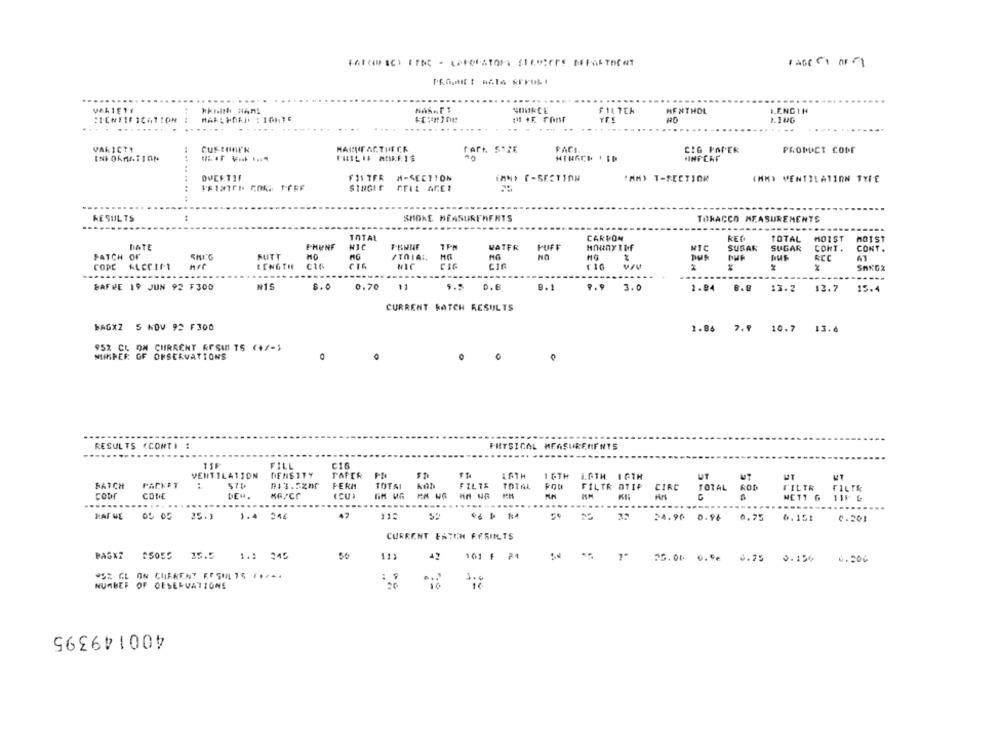
...........
VAIE1S
SOURCE
FILTER
MENTHOL
.ENGTH
LING
....
...
VARICTY
CUSTOMER
HASCUR ACTHE CR
CArt. SIZE
FACI
CIG PAPER
PROMICT CODE
INFORMATION
OVERTIF
FISTFR
inMY C-SECTION
"MM) T-SECTJOR
(MM) VENTILATION TYPE
FFIL AGER
RESULTS
SMOKE MEASUREMENTS
TOBACCO MEASUREMENTS
TOTAL
CARBON
TOTAL
HOIST
MOIST
DATE
F-HUNF
NIC
TPR
VATER
PUFF
NTC
SUSAN
SUGAR
CONT .
CONT .
PATCH OF
RUTT
/TOIA.
RCC
CORC KLCCIFT
LENGTH
MIC
CIC
...
N1S
8.0
0.70 11
5.5
D.B
8.1
BAFRE 19 JUN 92 F300
3.0
2.94
13.2
13.7
15.4
CURRENT BATCH RESULTS
BAGX2 5 NOV 92 F300
1.86 7.9 10.7 13.6
952 CL OM CURRENT RESULTS (+/-3
NUMBER OF OBSERVATIONS
0
O
RESULTS (CONTI :
FRETSICAL MEASUREMENTS
11F
FILL
C16
VENTILATION
DENSITY
PAPER PR
1 &TH
LOTH 16TH
UT
HT
RATCH
PACKET
..
571
FERA
TOTAL
FILTR
TOTAL
FILTR OTIP
CIRC
TOTAL ROD
FILTR
FILTR
CODr
COME
G
NETT G
.....
.....---
1.4 246
11=
AP
54.90 0.96
0.75
0.151
0.201
CURRENT FATCH RERINLTS
PASX7 25055 15.5
1.4 245
50
42 101 F 24
..
25.00 0.0. 0.75 0.156
0.200
WSZ GL ON CURRENT RESULTS ...
NUMBER OF CESERVATIONE
400149395